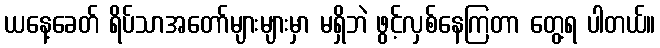
ယနေ့ခေတ် ရိပ်သာအတော်များများမှာ မရှိဘဲ ဖွင့်လှစ်နေကြတာ တွေ့ရ ပါတယ်။